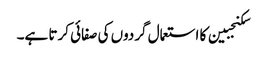
سکنجبین کا استعمال گردوں کی صفائی کرتا ہے۔